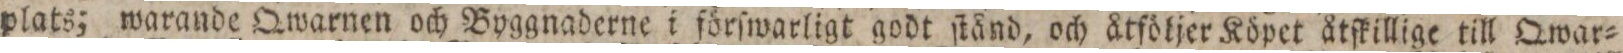
plats; warande Qwarnen och Byggnaderne i ſörſwarligt godt ſtånd, och åtföljer Köpet åtſkillige till Qwar=